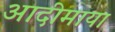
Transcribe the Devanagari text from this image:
आदीमाया